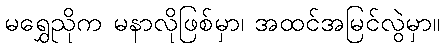
မရွှေညိုက မနာလိုဖြစ်မှာ၊ အထင်အမြင်လွဲမှာ။